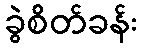
ခွဲစိတ်ခန်း